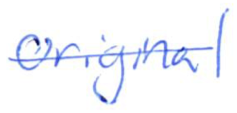
Text: original
Cross-out: single-line
Writing tool: ballpoint